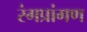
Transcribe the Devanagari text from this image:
रंगप्रांगण